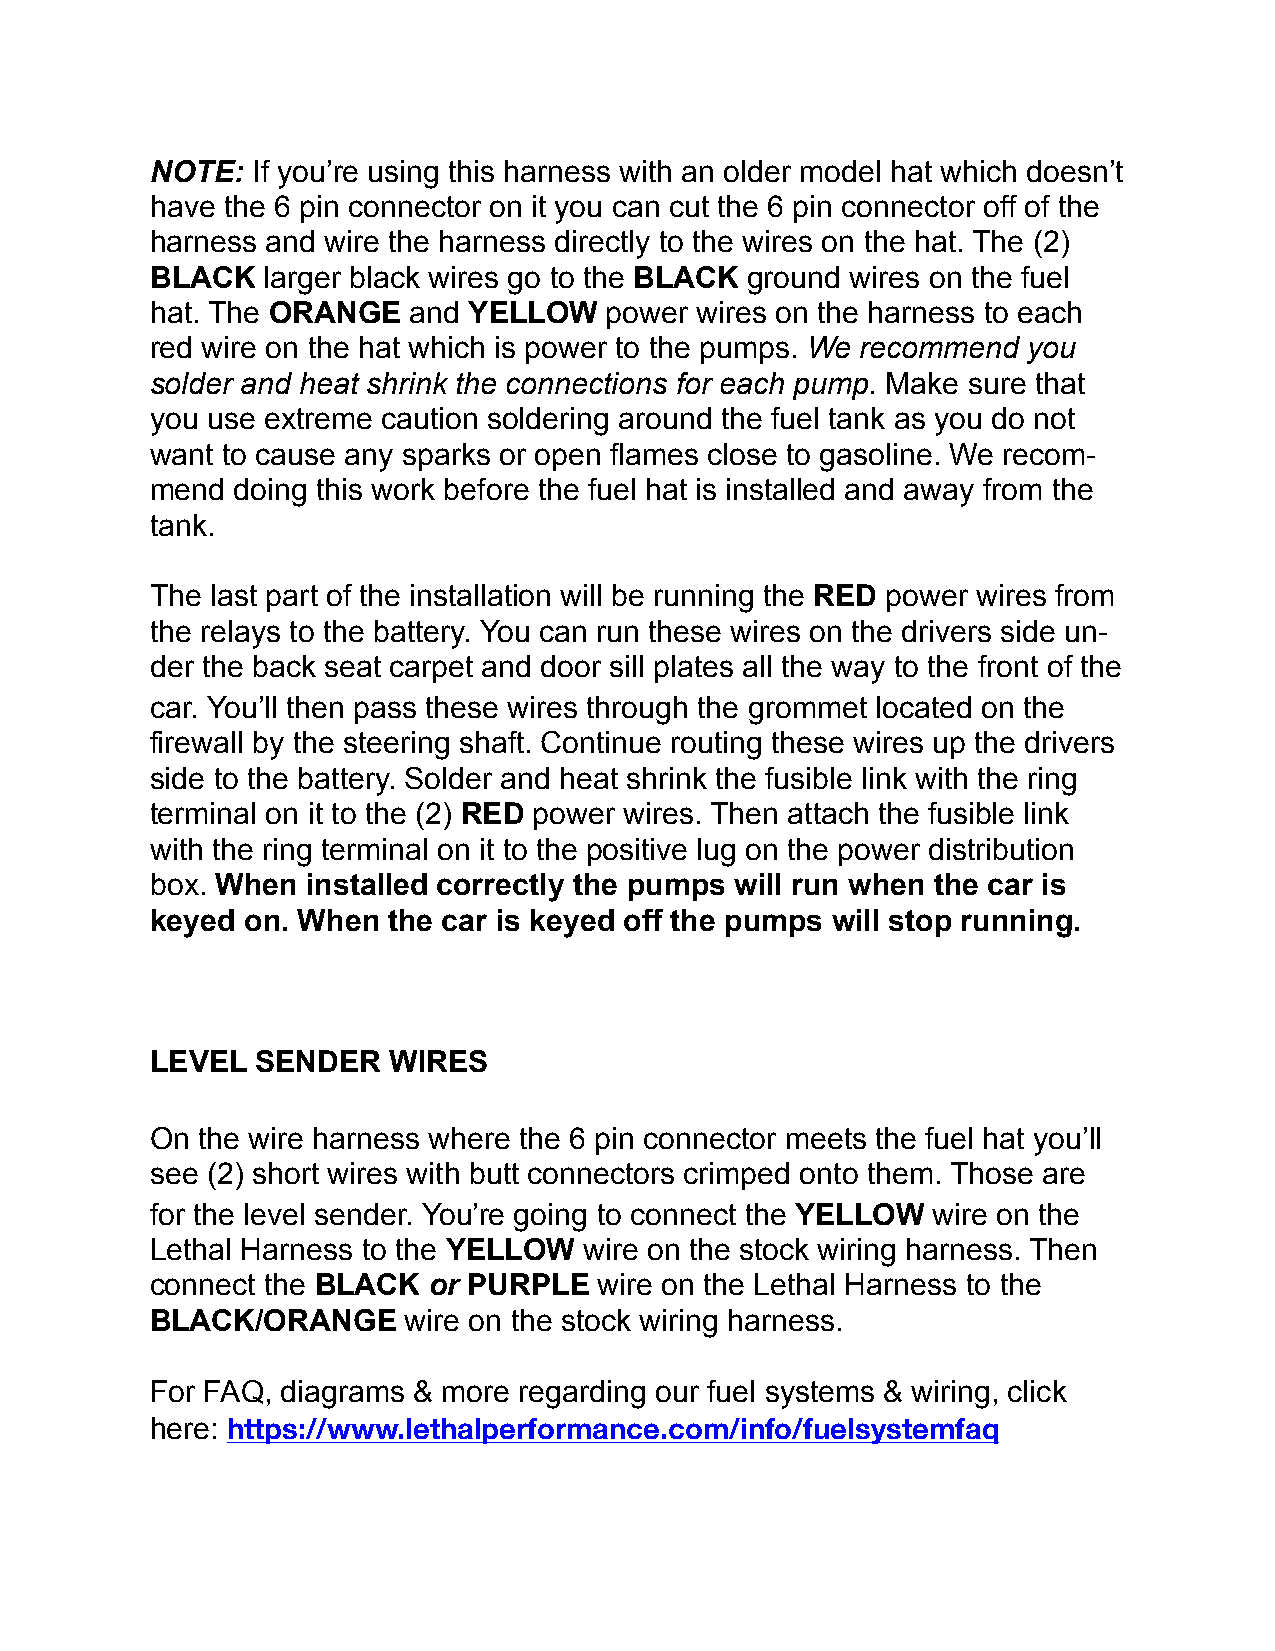
NOTE:  If you’re using this harness with an older model hat which doesn’t
 have the 6 pin connector on it you can cut the 6 pin connector off of the
 harness and wire the harness directly to the wires on the hat. The (2)
 BLACK  larger black wires go to the BLACK ground wires on the fuel
 hat. The ORANGE  and YELLOW   power wires on the harness to each
 red wire on the hat which is power to the pumps. We recommend you
 solder and heat shrink the connections for each pump. Make sure that
 you use extreme caution soldering around the fuel tank as you do not
 want to cause any sparks or open flames close to gasoline. We recom-
 mend doing this work before the fuel hat is installed and away from the
 tank.
 The last part of the installation will be running the RED power wires from
 the relays to the battery. You can run these wires on the drivers side un-
 der the back seat carpet and door sill plates all the way to the front of the
 car. You’ll then pass these wires through the grommet located on the
 firewall by the steering shaft. Continue routing these wires up the drivers
 side to the battery. Solder and heat shrink the fusible link with the ring
 terminal on it to the (2) RED power wires. Then attach the fusible link
 with the ring terminal on it to the positive lug on the power distribution
 box. When installed correctly the pumps will run when the car is
 keyed on. When  the car is keyed off the pumps will stop running.
 LEVEL  SENDER   WIRES
 On the wire harness where the 6 pin connector meets the fuel hat you’ll
 see (2) short wires with butt connectors crimped onto them. Those are
 for the level sender. You’re going to connect the YELLOW wire on the
 Lethal Harness to the YELLOW wire on the stock wiring harness. Then
 connect the BLACK or PURPLE   wire on the Lethal Harness to the
 BLACK/ORANGE     wire on the stock wiring harness.
 For FAQ, diagrams & more regarding our fuel systems & wiring, click
 here: https://www.lethalperformance.com/info/fuelsystemfaq